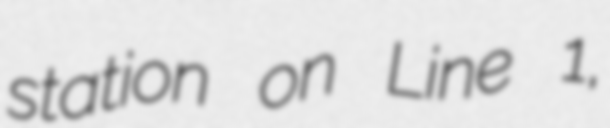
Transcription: station on Line 1,